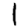
Digit: 1